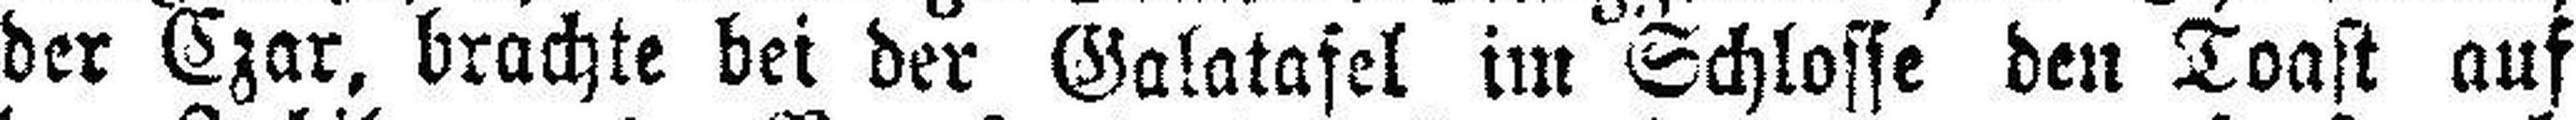
der Czar, brachte bei der Galatafel im Schlosse den Toast auf